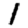
Digit: 1